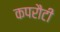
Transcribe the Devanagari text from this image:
कपरौटी